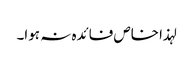
لہذا خاص فائدہ نہ ہوا۔